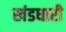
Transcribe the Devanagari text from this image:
खंडधारी